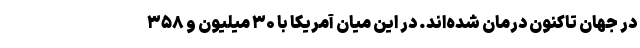
در جهان تاکنون درمان شده‌اند. در این میان آمریکا با ۳۰ میلیون و ۳۵۸